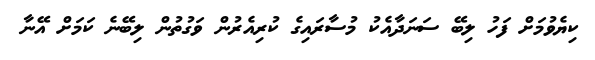
ކިޔެވުމަށް ފަހު ލިބޭ ސަނަދާއެކު މުސާރައިގެ ކުރިއެރުން ވަގުތުން ލިބޭނެ ކަމަށް އޭނާ